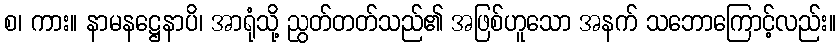
စ၊ ကား။ နာမနဋ္ဌေနာပိ၊ အာရုံသို့ ညွတ်တတ်သည်၏ အဖြစ်ဟူသော အနက် သဘောကြောင့်လည်း။